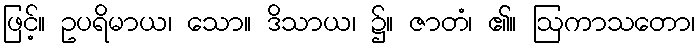
ဖြင့်။ ဥပရိမာယ၊ သော။ ဒိသာယ၊ ၌။ ဇာတံ၊ ၏။ ဩကာသတော၊